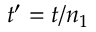
t ^ { \prime } = t / n _ { 1 }